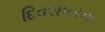
દિવસભરના